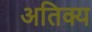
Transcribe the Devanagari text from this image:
अतिक्य